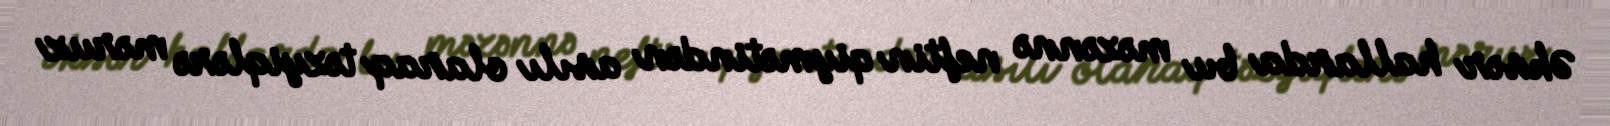
Əksər hallarda bu məzənnə neftin qiymətindən asılı olaraq təzyiqlərə məruz